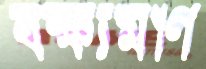
বক্ষ্যমাণ